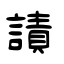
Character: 謮